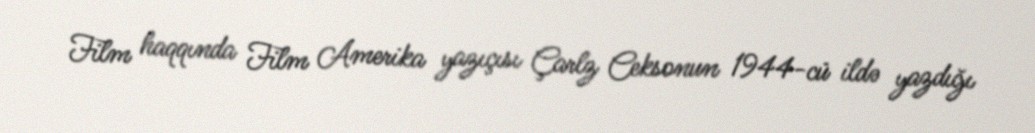
Film haqqında Film Amerika yazıçısı Çarlz Ceksonun 1944-cü ildə yazdığı